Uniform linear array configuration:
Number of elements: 24
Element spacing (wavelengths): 0.25
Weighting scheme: binomial
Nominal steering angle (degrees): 45
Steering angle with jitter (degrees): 43.7
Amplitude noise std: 0.05
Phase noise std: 0.05

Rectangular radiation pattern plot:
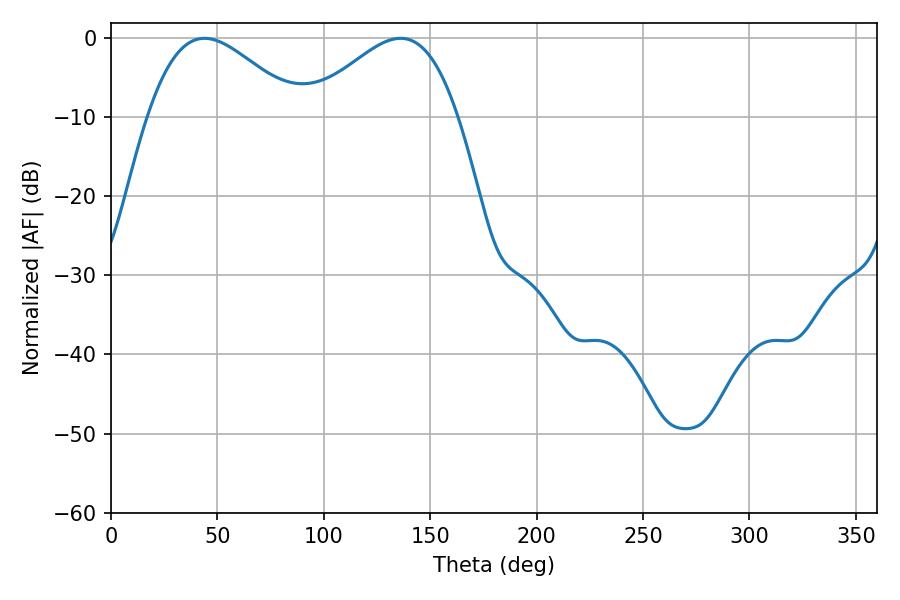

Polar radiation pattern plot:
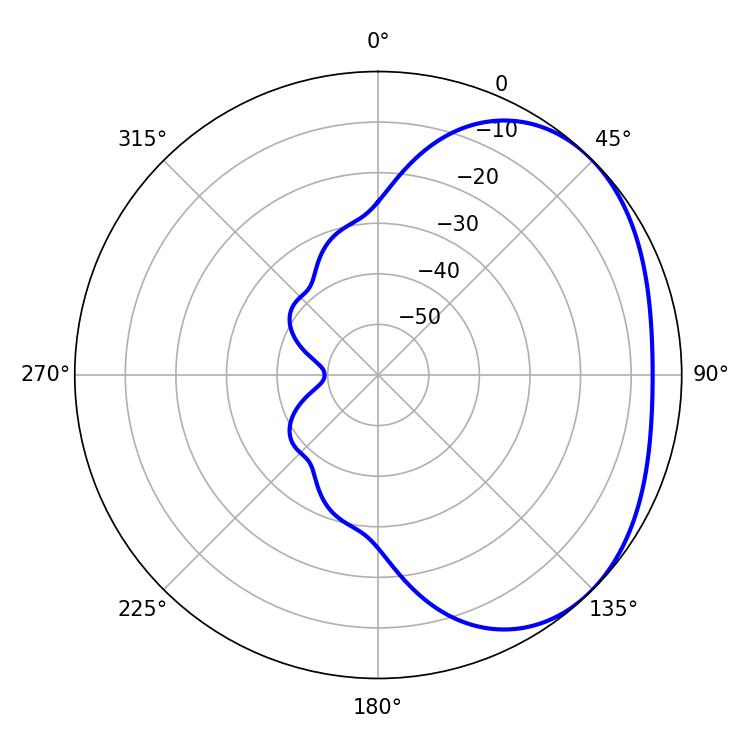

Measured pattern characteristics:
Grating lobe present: FALSE
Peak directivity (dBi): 2.685
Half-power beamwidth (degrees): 37.98
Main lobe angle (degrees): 43.92